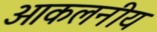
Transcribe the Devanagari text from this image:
आकलनीय